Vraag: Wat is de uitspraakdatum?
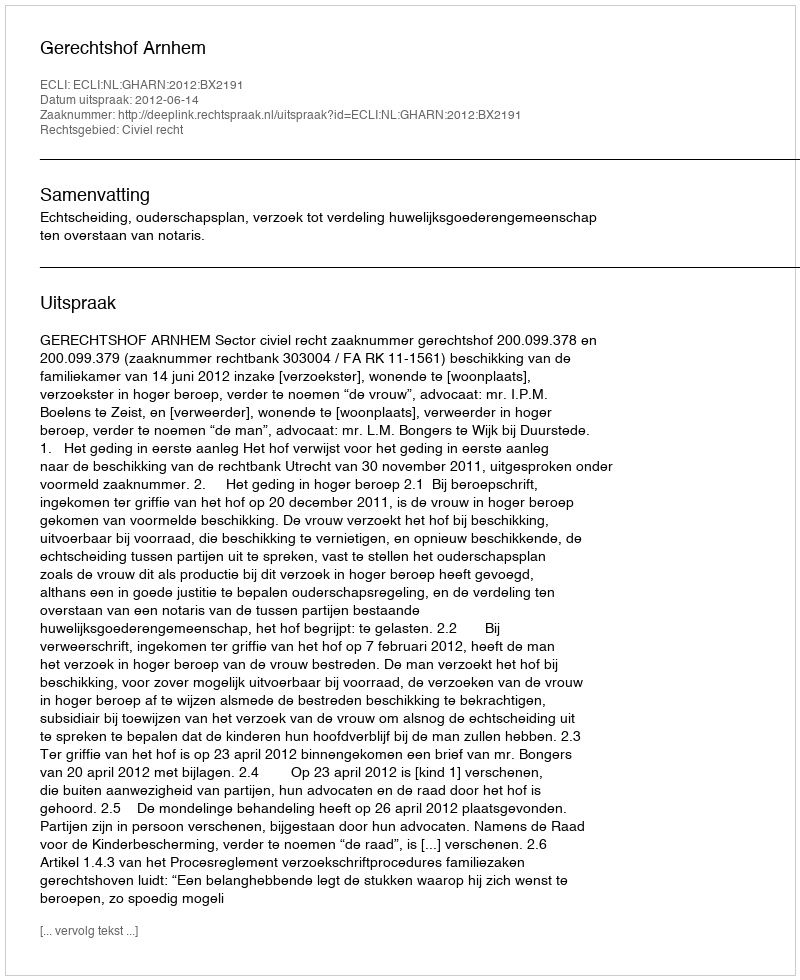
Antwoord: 2012-06-14